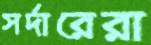
সর্দারেরা